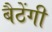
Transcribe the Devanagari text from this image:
बैठेंगी